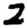
Digit: 2